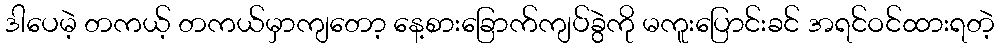
ဒါပေမဲ့ တကယ့် တကယ်မှာကျတော့ နေ့စားခြောက်ကျပ်ခွဲကို မကူးပြောင်းခင် အရင်ဝင်ထားရတဲ့